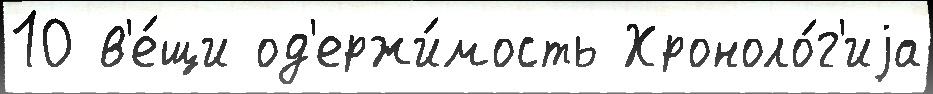
10 в'е́щи од'ержи́мость Хроноло́г'иjа